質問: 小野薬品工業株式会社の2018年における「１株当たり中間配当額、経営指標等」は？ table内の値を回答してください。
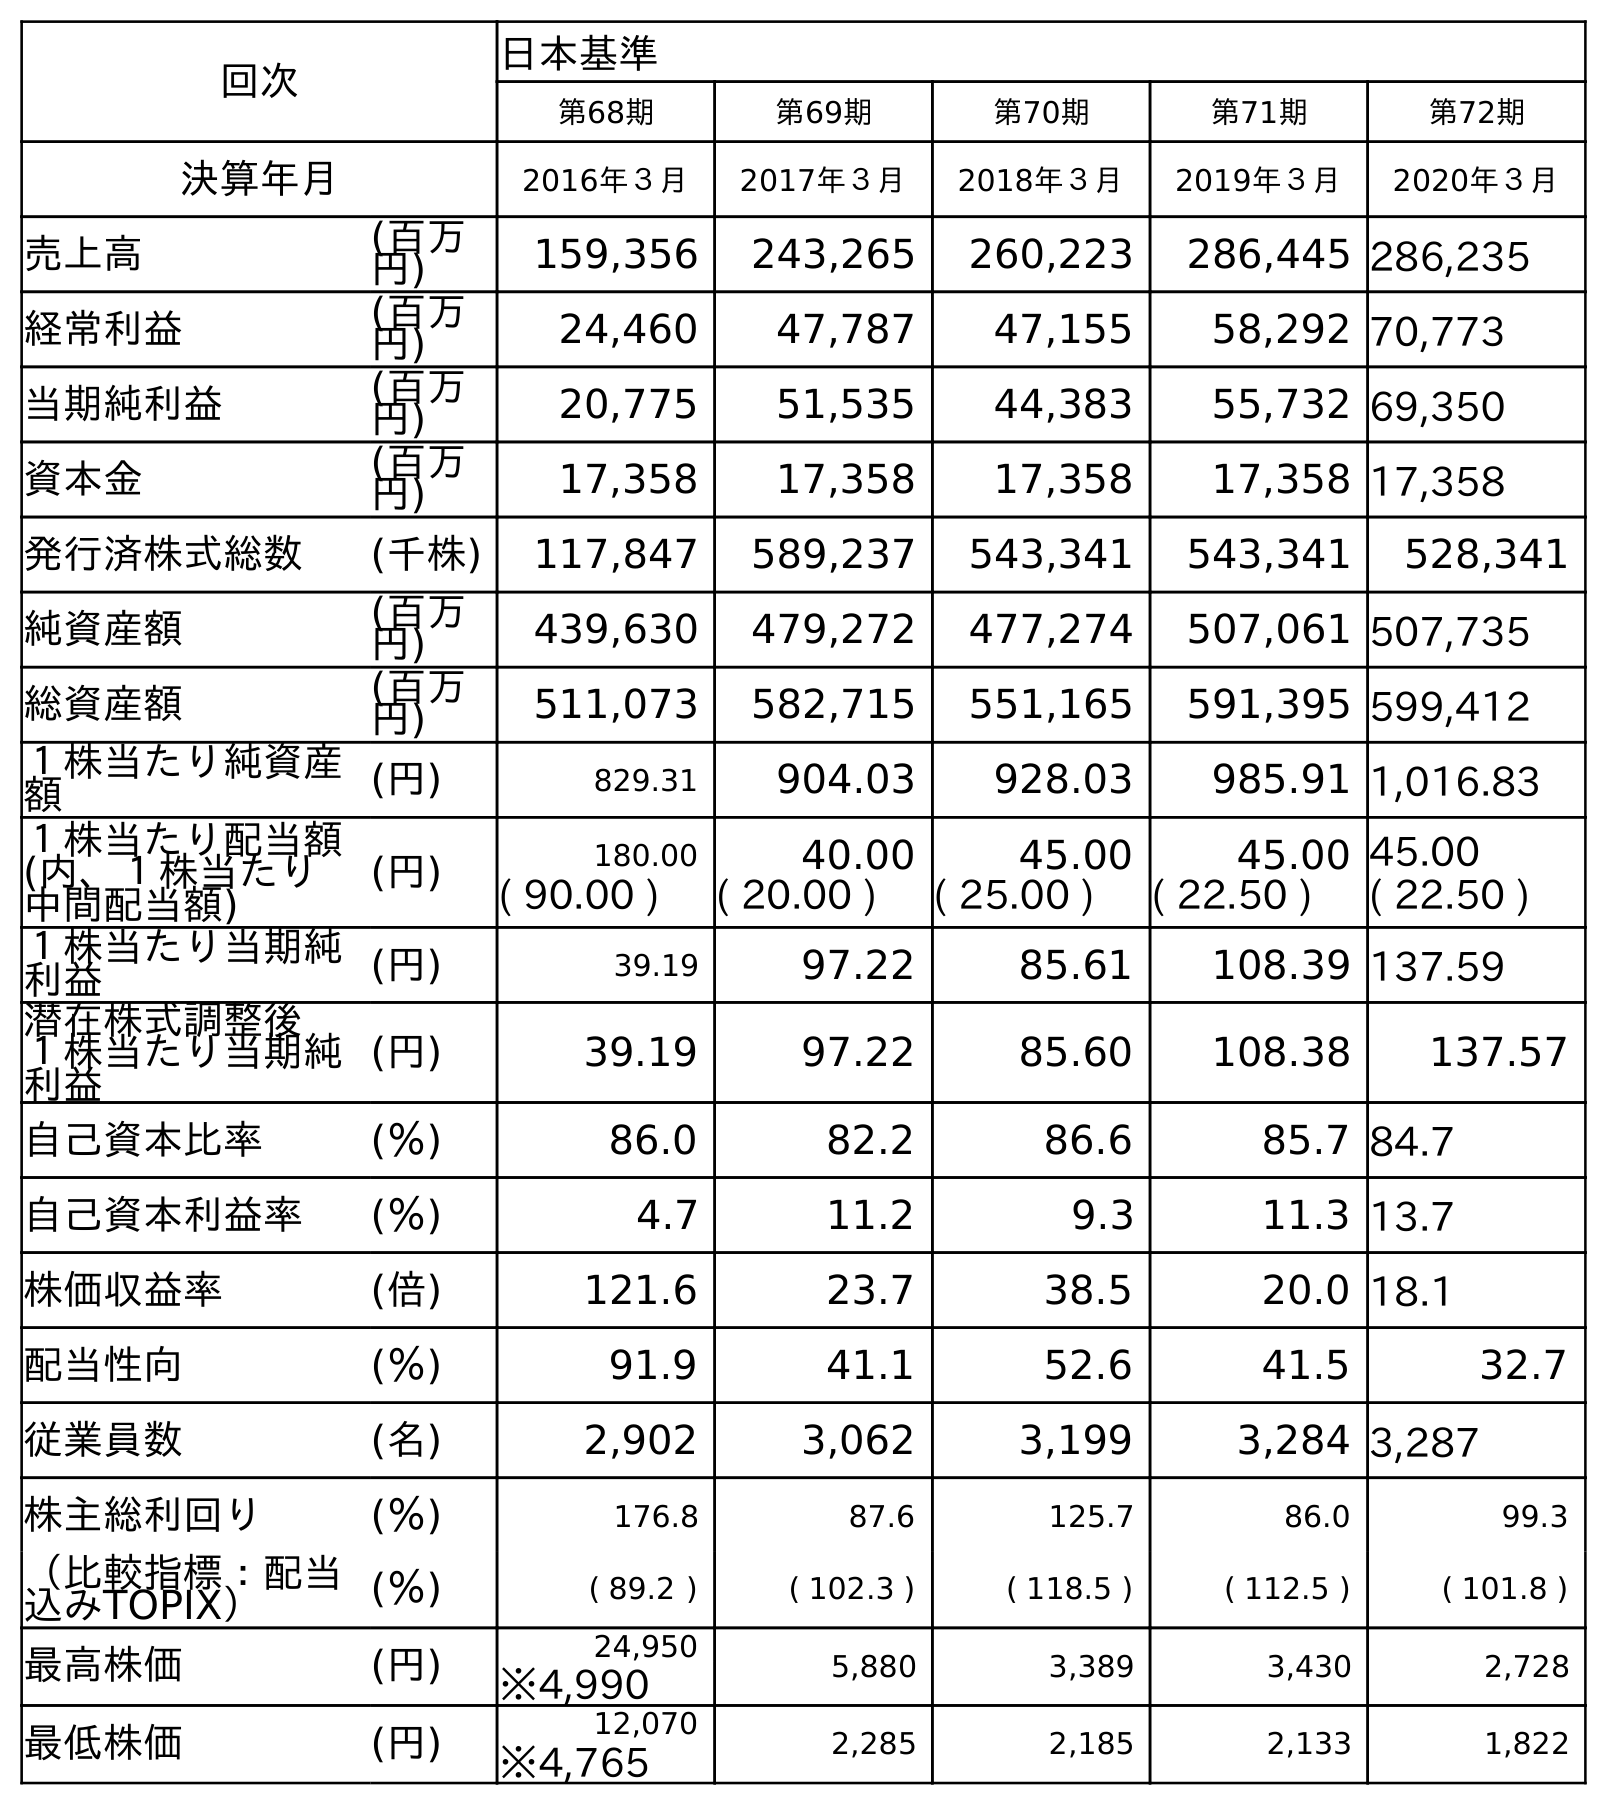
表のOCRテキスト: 回次 日本基準 第68期 第69期 第70期 第71期 第72期 決算年月 2016年３月 2017年３月 2018年３月 2019年３月 2020年３月 売上高 (百万 円) 159,356 243,265 260,223 286,445 286,235 経常利益 (百万 円) 24,460 47,787 47,155 58,292 70,773 当期純利益 (百万 円) 20,775 51,535 44,383 55,732 69,350 資本金 (百万 円) 17,358 17,358 17,358 17,358 17,358 発行済株式総数 (千株) 117,847 589,237 543,341 543,341 528,341 純資産額 (百万 円) 439,630 479,272 477,274 507,061 507,735 総資産額 (百万 円) 511,073 582,715 551,165 591,395 599,412 １株当たり純資産 額 (円) 829.31 904.03 928.03 985.91 1,016.83 １株当たり配当額 (内、１株当たり 中間配当額) (円) 180.00 40.00 45.00 45.00 45.00 ( 90.00 ) ( 20.00 ) ( 25.00 ) ( 22.50 ) ( 22.50 ) １株当たり当期純 利益 (円) 39.19 97.22 85.61 108.39 137.59 潜在株式調整後 １株当たり当期純 利益 (円) 39.19 97.22 85.60 108.38 137.57 自己資本比率 (％) 86.0 82.2 86.6 85.7 84.7 自己資本利益率 (％) 4.7 11.2 9.3 11.3 13.7 株価収益率 (倍) 121.6 23.7 38.5 20.0 18.1 配当性向 (％) 91.9 41.1 52.6 41.5 32.7 従業員数 (名) 2,902 3,062 3,199 3,284 3,287 株主総利回り (％) 176.8 87.6 125.7 86.0 99.3 （比較指標：配当 込みTOPIX） (％) ( 89.2 ) ( 102.3 ) ( 118.5 ) ( 112.5 ) ( 101.8 ) 最高株価 (円) 24,950 5,880 3,389 3,430 2,728 ※4,990 最低株価 (円) 12,070 2,285 2,185 2,133 1,822 ※4,765
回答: (25.00)